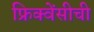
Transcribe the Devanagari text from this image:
फ्रिक्वेंसीची